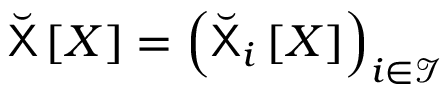
\breve { \sf { X } } \left[ X \right] = \left( \breve { \sf { X } } _ { i } \left[ X \right] \right) _ { i \in \mathcal { I } }